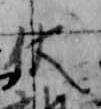
伏